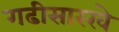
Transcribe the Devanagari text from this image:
गढीसारखे